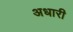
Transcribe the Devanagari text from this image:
अधारी